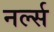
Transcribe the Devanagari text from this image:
नर्ल्स